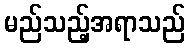
မည်သည့်အရာသည်